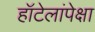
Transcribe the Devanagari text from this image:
हॉटेलांपेक्षा